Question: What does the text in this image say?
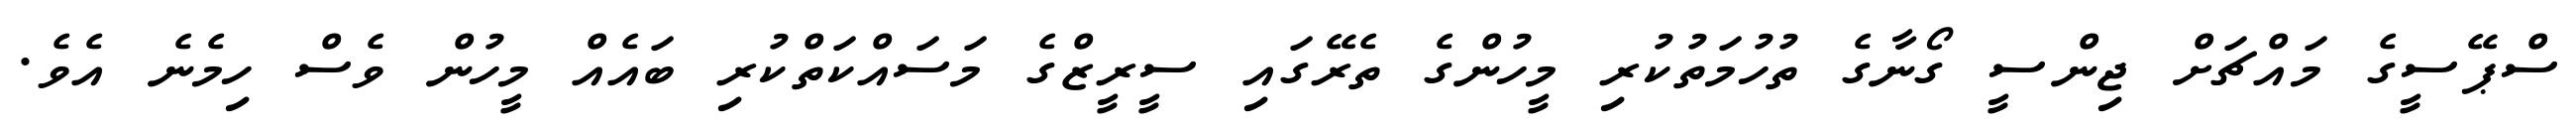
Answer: ސްޕޭސީގެ މައްޗަށް ޖިންސީ ގޯނާގެ ތުހުމަތުކުރި މީހުންގެ ތެރޭގައި ސީރީޒްގެ މަސައްކަތްކުރި ބައެއް މީހުން ވެސް ހިމެނެ އެވެ.